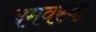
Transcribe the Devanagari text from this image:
अमवस्या